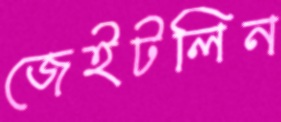
জেইটলিন